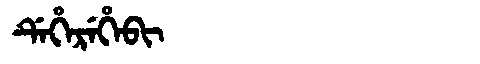
Manchu: ᡩᡝᡥᡝᡵᡝᡥᡝᠪᡳ
Romanization: DEHEREHEBI